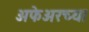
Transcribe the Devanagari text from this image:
अफेअरच्या